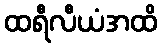
ထရီလီယံအထိ